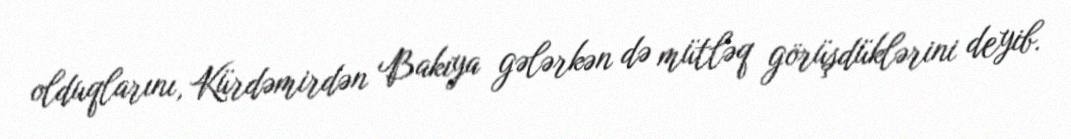
olduqlarını, Kürdəmirdən Bakıya gələrkən də mütləq görüşdüklərini deyib.